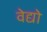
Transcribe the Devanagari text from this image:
वेद्यो